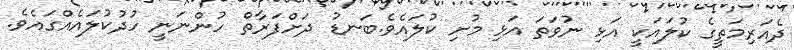
ދެއަރިމަތީގެ ކުލައަކީ އަޅި ނުވަތަ އަޅި މުށި ކުލައެވެ.ބަނޑު ދަށްފަރާތް ހުންނަނީ ހުދުކުލައެއްގައެވެ.